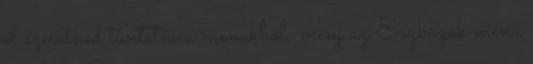
el szeretnéd tüntetni a menükből, menj az Eszközök menü